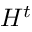
H ^ { t }